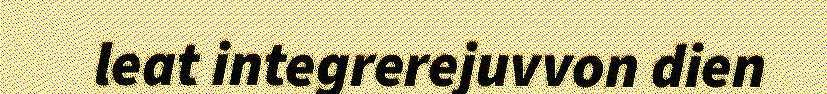
leat integrerejuvvon dien